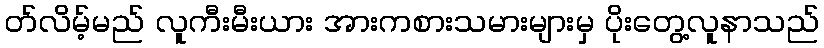
တ်လိမ့်မည် လူကီးမီးယား အားကစားသမားများမှ ပိုးတွေ့လူနာသည်